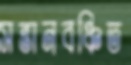
সন্তানবঞ্চিত